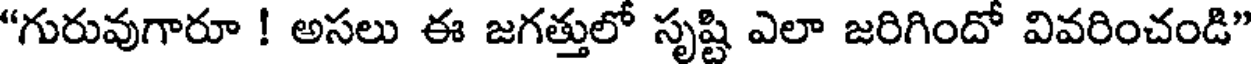
"గురువుగారూ ! అసలు ఈ జగత్తులో సృష్టి ఎలా జరిగిందో వివరించండి"